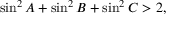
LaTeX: \sin ^ { 2 } A + \sin ^ { 2 } B + \sin ^ { 2 } C > 2 ,